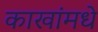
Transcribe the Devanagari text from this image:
काखांमधे